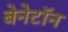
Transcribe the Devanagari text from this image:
बेनेटॉन